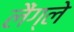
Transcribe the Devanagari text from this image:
लैंग्ले